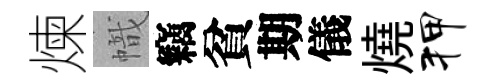
煉幟竊貧期儀燒狎